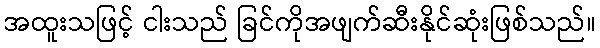
အထူးသဖြင့် ငါးသည် ခြင်ကိုအဖျက်ဆီးနိုင်ဆုံးဖြစ်သည်။